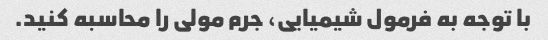
با توجه به فرمول شیمیایی، جرم مولی را محاسبه کنید.